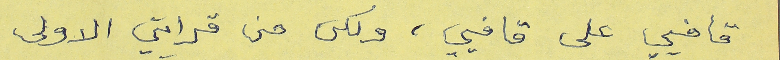
قافيي على قافيي، ولكن من قرايتي الاولى